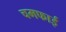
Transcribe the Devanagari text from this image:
चमफाई